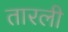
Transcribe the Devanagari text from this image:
तारली